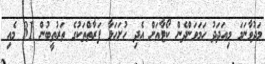
މަދުވާނަމަ މިއަދަދު ހަމަވަންދެން ކޯޓާއަށް އެދި ހުށަހަޅާ ފަރާތްތަކުގެ ތަރުތީބުން 31 މެއި